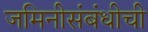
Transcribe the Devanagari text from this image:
जमिनीसंबंधीची